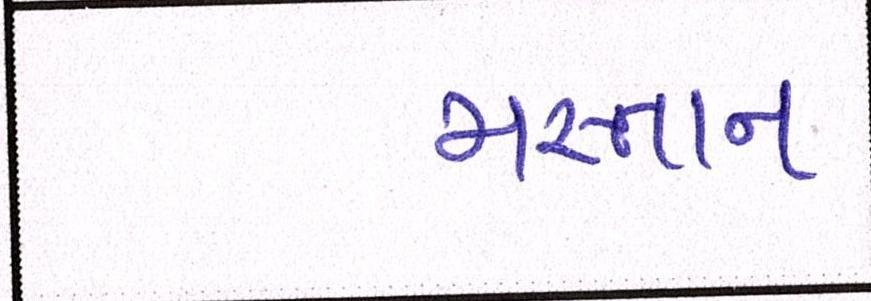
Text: મસ્તાન